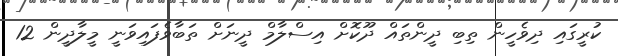
ކުރީގައި ދިވެހީން ތިބި ދީންތައް ދޫކޮށް އިސްލާމް ދީނަށް ތަބާވެފައިވަނީ މީލާދީން 12